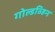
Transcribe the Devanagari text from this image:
गोल्डव्हिन